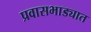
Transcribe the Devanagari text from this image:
प्रवासभाड्यात